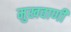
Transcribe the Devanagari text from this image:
मुखवाणी